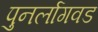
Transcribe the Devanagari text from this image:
पुनर्लागवड